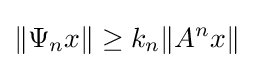
\|\Psi _{n}x\|\geq k_{n}\|A^{n}x\|